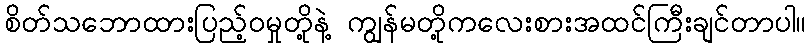
စိတ်သဘောထားပြည့်၀မှုတို့နဲ့ ကျွန်မတို့ကလေးစားအထင်ကြီးချင်တာပါ။